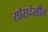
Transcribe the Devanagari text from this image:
सॉसदेखील